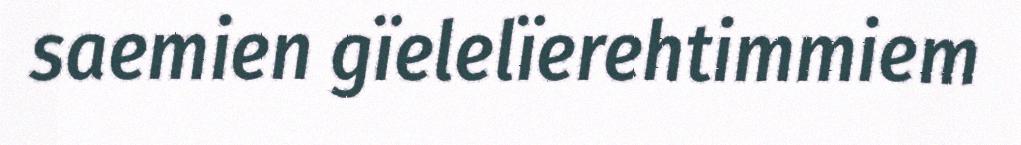
saemien gïelelïerehtimmiem